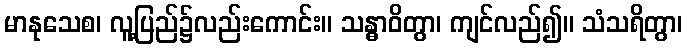
မာနုသေစ၊ လူ့ပြည်၌လည်းကောင်း။ သန္ဓာဝိတွာ၊ ကျင်လည်၍။ သံသရိတွာ၊